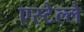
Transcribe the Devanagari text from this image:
एस्टेल्ले